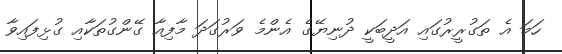
ހަމަ އެ ތަގުރީރުގައި އަދީބަކީ ދުނިޔޭގެ އެންމެ ވަރުގަދަ މާފިއާ ގޭންގުތަކާއި ގުޅިފައިވާ